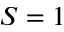
S = 1